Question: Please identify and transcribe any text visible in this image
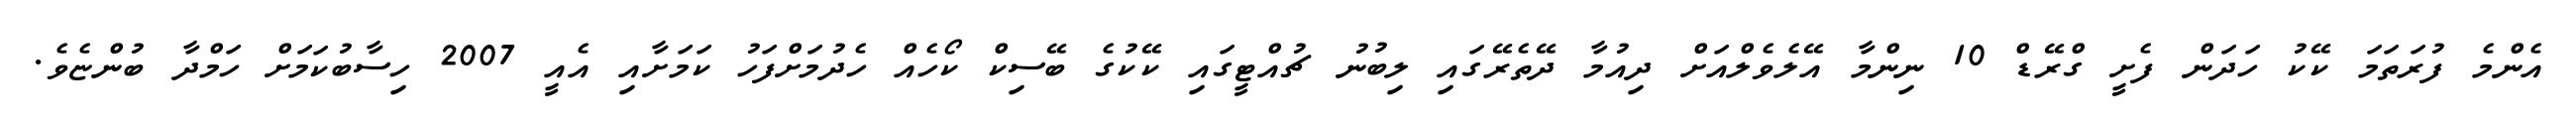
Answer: އެންމެ ފުރަތަމަ ކޭކު ހަދަން ފެށީ ގްރޭޑް 10 ނިންމާ އޭލެވެލްއަށް ދިއުމާ ދޭތެރޭގައި ލިބުނު ޗުއްޓީގައި ކޭކުގެ ބޭސިކް ކޯހެއް ހެދުމަށްފަހު ކަމަށާއި އެއީ 2007 ހިސާބުކަމަށް ހަމްދާ ބުންޏެވެ.